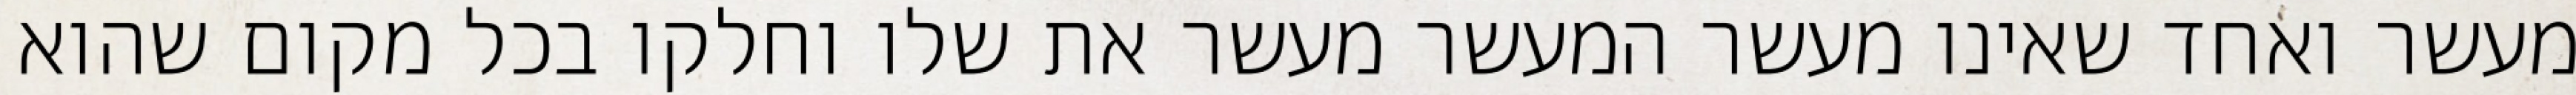
מעשר ואחד שאינו מעשר המעשר מעשר את שלו וחלקו בכל מקום שהוא